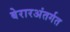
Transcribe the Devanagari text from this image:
बेरारअंतर्गत